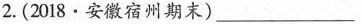
2.(2018·安徽宿州期末)___